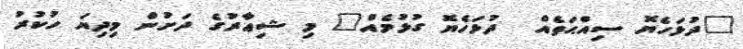
"ދުޅަހެޔޮ ސިއްޙަތެއް  ދުޅަހެޔޮ ގުޅުމެއް" މި ޝިޢާރުގެ ދަށުން މިދިޔަ ހުކުރު